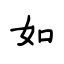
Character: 如